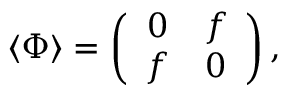
\langle \Phi \rangle = \left( \begin{array} { c c } { { 0 } } & { { f } } \\ { { f } } & { { 0 } } \end{array} \right) ,